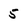
Character: 5